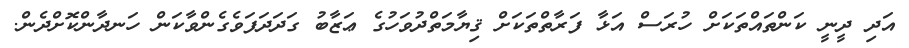
އަދި ދީނީ ކަންތައްތަކަށް ހުރަސް އަޅާ ފަރާތްތަކަށް ޤިޔާމަތްދުވަހުގެ ޢަޒާބު ގަދަދަފަވެގެންވާކަން ހަނދާންކޮށްދެން.